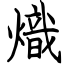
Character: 熾